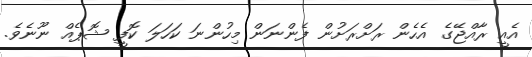
އެއީ ރާއްޖޭގެ އެހެން ރަށްރަށުން ފެންނަން މިހުންނަ ކަހަލަ ކޮފީ ޝޮޕެއް ނޫނެވެ.